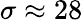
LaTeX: \sigma\approx 28